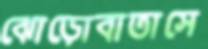
ঝোড়োবাতাসে